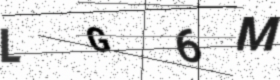
Text: LG6M